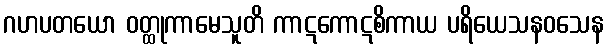
ဂဟပတယော ဝတ္ထုကာမေသူတိ ကာဋကောဋစိကာယ ပရိယေသနဝသေန